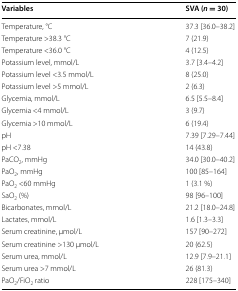
| Variables | SVA (n = 30) |
 | --- | --- |
 | Temperature, °C | 37.3 [36.0–38.2] |
 | Temperature >38.3 °C | 7 (21.9) |
 | Temperature <36.0 °C | 4 (12.5) |
 | Potassium level, mmol/L | 3.7 [3.4–4.2] |
 | Potassium level <3.5 mmol/L | 8 (25.0) |
 | Potassium level >5 mmol/L | 2 (6.3) |
 | Glycemia, mmol/L | 6.5 [5.5–8.4] |
 | Glycemia <4 mmol/L | 3 (9.7) |
 | Glycemia >10 mmol/L | 6 (19.4) |
 | pH | 7.39 [7.29–7.44] |
 | pH <7.38 | 14 (43.8) |
 | PaCO2, mmHg | 34.0 [30.0–40.2] |
 | PaO2, mmHg | 100 [85–164] |
 | PaO2 <60 mmHg | 1 (3.1 %) |
 | SaO2 (%) | 98 [96–100] |
 | Bicarbonates, mmol/L | 21.2 [18.0–24.8] |
 | Lactates, mmol/L | 1.6 [1.3–3.3] |
 | Serum creatinine, μmol/L | 157 [90–272] |
 | Serum creatinine >130 μmol/L | 20 (62.5) |
 | Serum urea, mmol/L | 12.9 [7.9–21.1] |
 | Serum urea >7 mmol/L | 26 (81.3) |
 | PaO2/FiO2 ratio | 228 [175–340] |